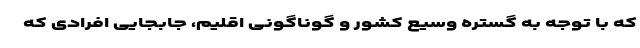
که با توجه به گستره وسیع کشور و گوناگونی اقلیم، جابجایی افرادی که